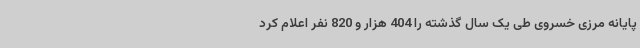
پایانه مرزی خسروی طی یک سال گذشته را 404 هزار و 820 نفر اعلام کرد